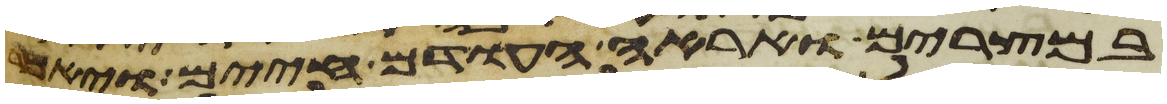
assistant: במצרים ואראה העודם חיים ויאמר